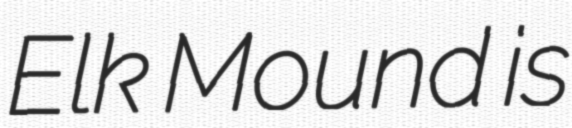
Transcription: Elk Mound is